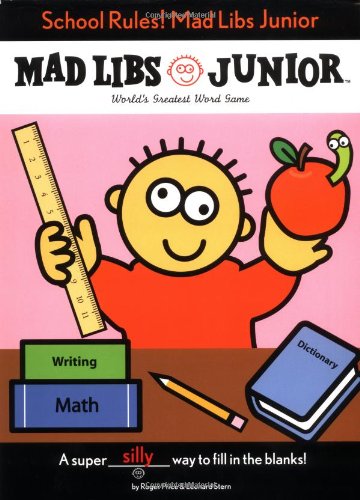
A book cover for School Rules! Mad Libs Junior; Leonard Stern; Children's Books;